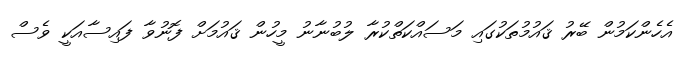
އެހެންކަމުން ބޭރު ޤައުމުތަކުގައި މަސައްކަތްކުރާ ލުބުނާނު މީހުން ޤައުމަށް ފޮނުވާ ފައިސާއަކީ ވެސް